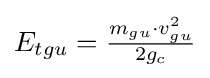
E_{tgu}={\tfrac {m_{gu}\cdot v_{gu}^{2}}{2g_{c}}}